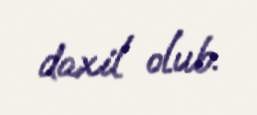
daxil olub.